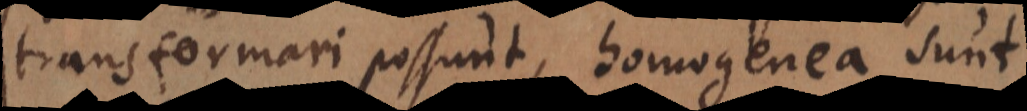
transformari possunt, homogenea sunt